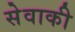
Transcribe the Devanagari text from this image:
सेवाकी